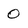
Character: 0